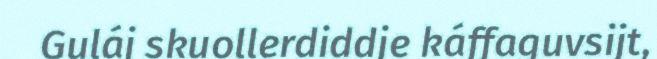
Guláj skuollerdiddje káffaguvsijt,